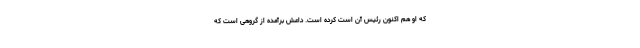
که او هم اکنون رئیس آن است کرده است. داعش برآمده از گروهی است که